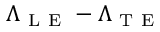
\Lambda _ { \mathrm { ~ L ~ E ~ } } - \Lambda _ { \mathrm { ~ T ~ E ~ } }